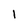
Character: 1